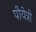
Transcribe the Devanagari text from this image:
पीयेत्रो